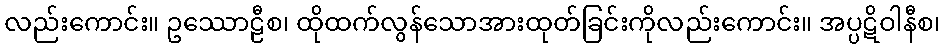
လည်းကောင်း။ ဥဿောဠီစ၊ ထိုထက်လွန်သောအားထုတ်ခြင်းကိုလည်းကောင်း။ အပ္ပဋိဝါနီစ၊